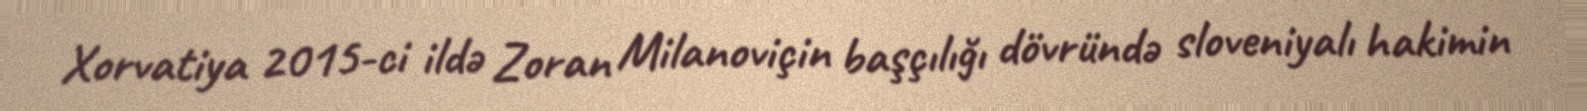
Xorvatiya 2015-ci ildə Zoran Milanoviçin başçılığı dövründə sloveniyalı hakimin